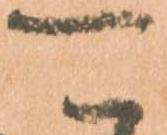
可